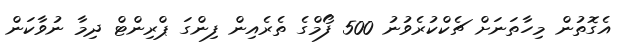
އެގޮތުން މިހާތަނަށް ޗެކްކުރެވުނު 500 ފޯމްގެ ތެރެއިން ފިންގަ ޕްރިންޓް ދިމާ ނުވާކަން